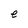
Character: e